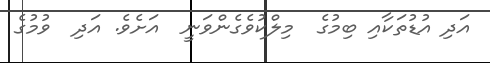
އަދި އުޑުތަކާއި ބިމުގެ  މިލްކުވެގެންވަނީ  އަށެވެ. އަދި  ވުމުގެ